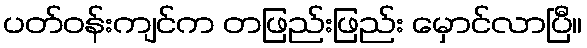
ပတ်ဝန်းကျင်က တဖြည်းဖြည်း မှောင်လာပြီ။